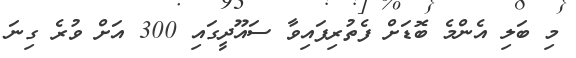
މި ބަލި އެންމެ ބޮޑަށް ފެތުރިފައިވާ ސައޫދީގައި 300 އަށް ވުރެ ގިނަ